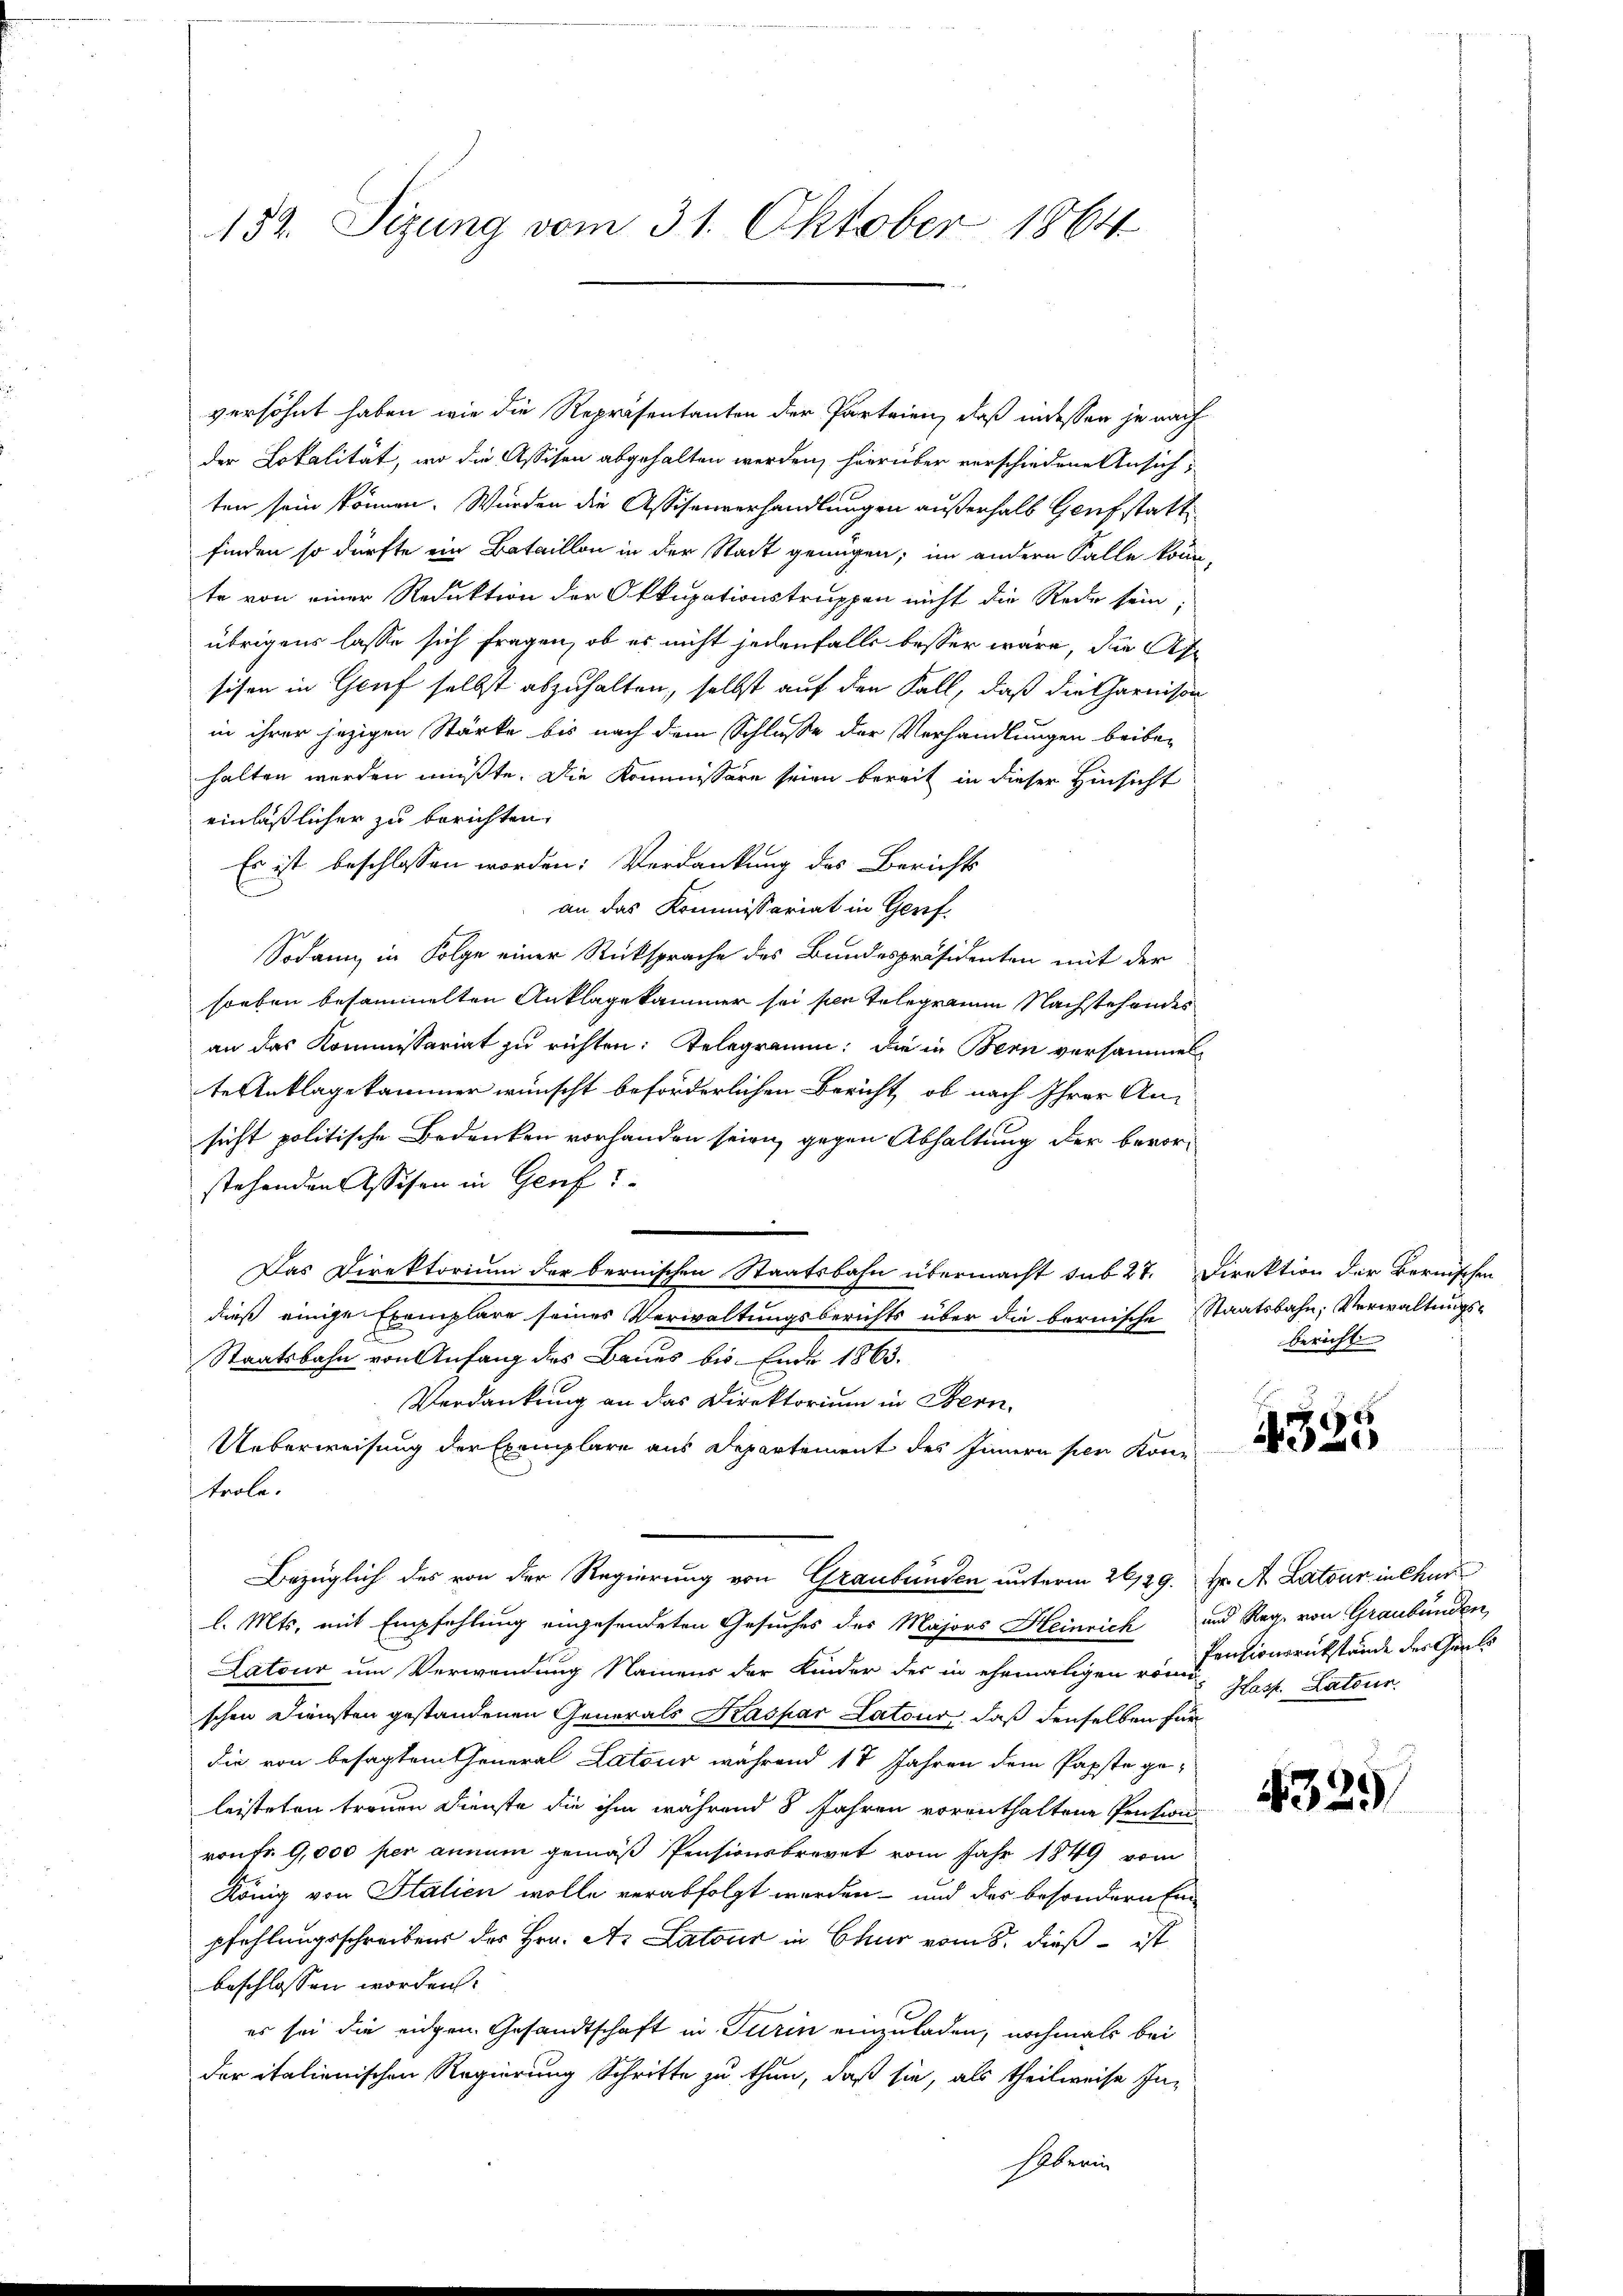
152. Sizung vom 31. Oktober 1864

versöhnt haben, wie die Repräsentanten der Parteien, daß indessen je nach
der Lokalität, wo die Assison abgehalten werden, hierüber verschiedene Ansich,
ten sein können. Würden die Assisenverhandlungen außerhalb Genf statt
finden so dürfte ein Bataillon in der Stadt genügen; im andern Falle könne,
te von einer Reduktion der Okkupationstruppen nicht die Rede sein.
übrigens lasse sich fragen, ob es nicht jedenfalls besser wäre, die Afsisen in Genf selbst abzuhalten, selbst auf den Fall, daß die Charnison
in ihrer jezigen Stärke bis nach dem Schlusse der Verhandlungen beiber
halten werden müßte. Die Kommissäre seien bereit in dieser Hinsicht
einläßlicher zu berichten,
Es ist beschlossen worden: Verdankung des Berichts
an das Kommissariat in Genf.
Sodann in Folge einer Rücksprache des Bundespräsidenten mit der
soeben besammelten Anklage kammer sei per Telegramm Nachstehendes
an das Kommissariat zu richten: Telegramm: die in Bern versammel
te Anklagekammer wünscht beförderlichen Bericht, ob nach Ihrer An-
sicht politische Bedenken vorhanden seien, gegen Abhaltung der bevorstehenden Assesen in Genf
Das Direktorium der bernischen Staatsbahn übermacht sub 27. Direktion der Bernischen
dieß einige Exemplare seines Verwaltungsberichts über die bernische Staatsbahn, Verwaltungs¬
Staatsbahn von Anfang des Baues bis Ende 1863.
Verdankung an das Direktorium in Bern.
Ueberweisung der Exemplare aus Departement des Innern per Könn
trole.
Bezüglich des von der Regierung von Graubünden unterm 26/29. Hr. A. Latour in Chur
l. Mts. mit Empfehlung eingesendeten Gesuches der Majors Heinrich und Reg. von Graubünden,
Latour um Verwendung Namens der Kinder des in ehemaligen von Centionsrückstände des Crals
schen Diensten gestandenen Generals Kaspar Latour, daß denselben für
die von besagtem theneral Latour während 17 Jahren dem Papste geleisteten trauen Dienste die ihm während 8 Jahren vorenthaltene Pentwi
ronfr 9,000 per annum gemäß Pensionsbrevet vom Jahr 1849 vom
König von Stalien wolle verabfolgt worden- und des besondern Ein
pfehlungsschreibens des Hrn. A. Latour in Chur vom 8. dieß ist
beschlossen worden.
es sei die eidgen. Gesandtschaft in Turin einzuladen, nochmals bei
der italienischen Regierung Schritte zu thun, daß sie, als theilweise In-
Geberin

bericht

4325

Hasp. Lateur.

4329)